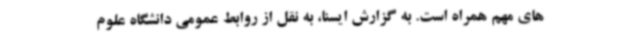
های مهم همراه است. به گزارش ایسنا، به نقل از روابط عمومی دانشگاه علوم